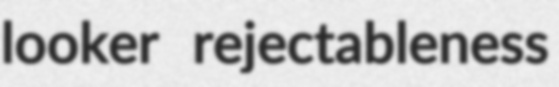
looker rejectableness